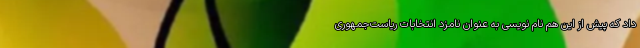
داد که پیش از این هم نام نویسی به عنوان نامزد انتخابات ریاست‌جمهوری